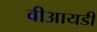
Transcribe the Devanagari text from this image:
वीआयडी